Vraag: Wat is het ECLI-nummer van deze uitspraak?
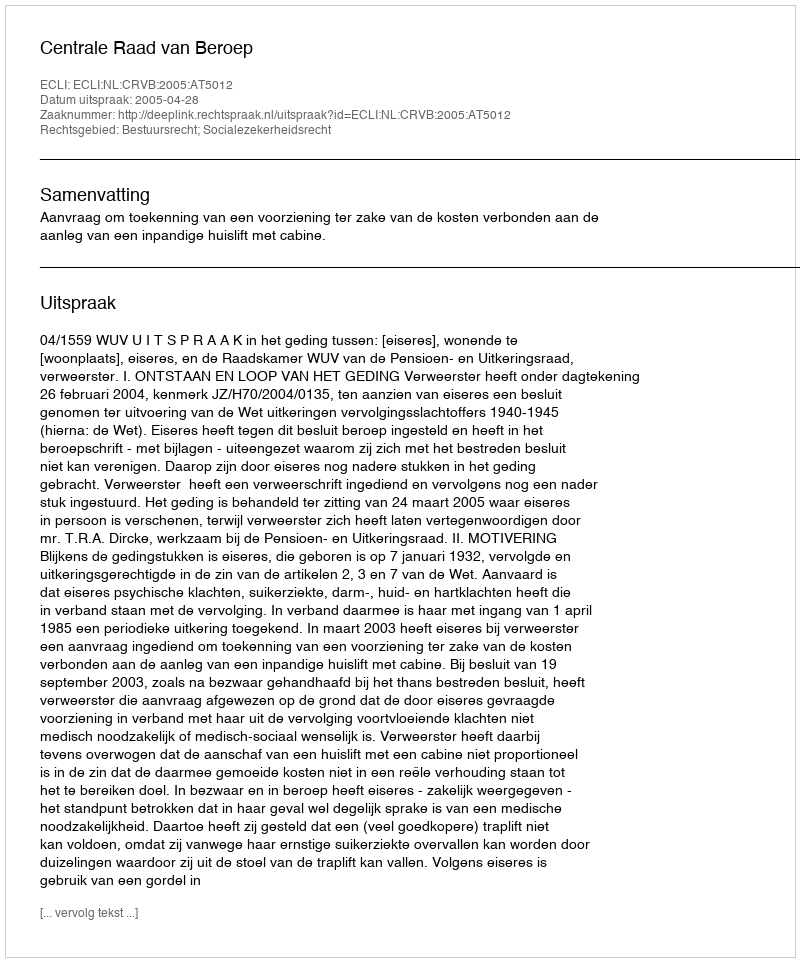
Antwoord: ECLI:NL:CRVB:2005:AT5012